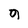
Character: g